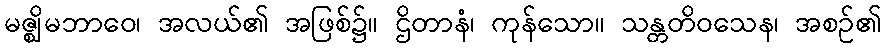
မဇ္ဈိမဘာဝေ၊ အလယ်၏ အဖြစ်၌။ ဌိတာနံ၊ ကုန်သော။ သန္တတိဝသေန၊ အစဉ်၏